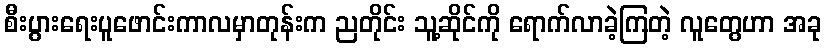
စီးပွားရေးပူဖောင်းကာလမှာတုန်းက ညတိုင်း သူ့ဆိုင်ကို ရောက်လာခဲ့ကြတဲ့ လူတွေဟာ အခု